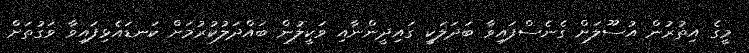
މީގެ އިތުރުން އުސޫލަށް ގެނެސްފައިވާ ބަދަލަކީ ގައިދީންނާއި ވަކީލުން ބައްދަލުކުރުމަށް ކަނޑައެޅިފައިވާ ވަގުތަށް